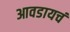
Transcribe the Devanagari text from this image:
आवडायचं